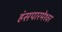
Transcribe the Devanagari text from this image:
हंसपारमेश्वर